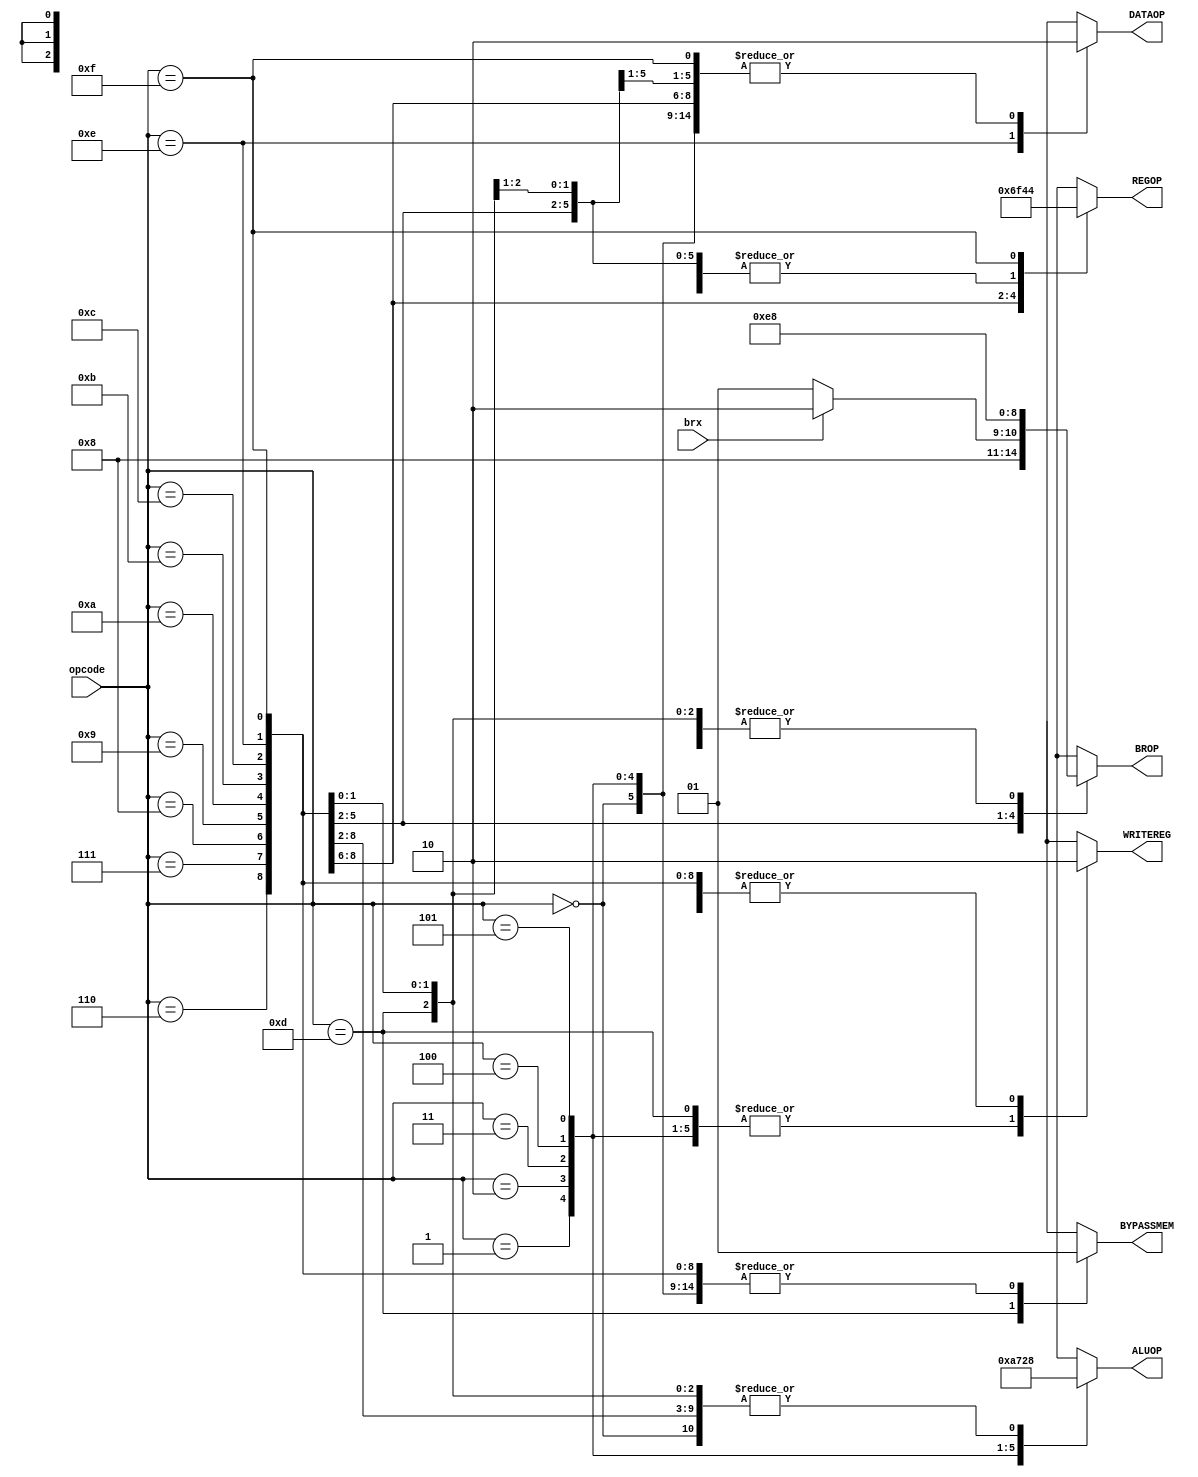
module instControl(opcode,brx,BROP,REGOP,WRITEREG,ALUOP,DATAOP,BYPASSMEM);

input [3:0] opcode;
input brx;

output reg [2:0] BROP;
output reg [2:0] REGOP;
output reg WRITEREG;
output reg [2:0]ALUOP;
output reg DATAOP;
output reg BYPASSMEM;

initial begin
	WRITEREG <= 0;
	BYPASSMEM <= 1;
	REGOP <= 3'b000;
	ALUOP <= 3'b000;
	DATAOP <= 0;
	BROP <= 3'b000;
end

always @(*) begin
	case(opcode)
		4'b0000://NOP
				  begin
				   WRITEREG <= 0;
					BYPASSMEM <= 1;
					REGOP <= 3'b000;
					ALUOP <= 3'b000;
					DATAOP <= 0;
					BROP <= 3'b000;
				  end
		4'b0001://ADD
				  begin
				   WRITEREG <= 1;
					BYPASSMEM <= 1;
					REGOP <= 3'b000;
					ALUOP <= 3'b001;
					DATAOP <= 0;
					BROP <= 3'b000;
				  end
		4'b0010://SUB
				  begin
					WRITEREG <= 1;
					BYPASSMEM <= 1;
					REGOP <= 3'b000;
					ALUOP <= 3'b010;
					DATAOP <= 0;
					BROP <= 3'b000;
				  end
		4'b0011://NAND
				  begin
				   WRITEREG <= 1;
					BYPASSMEM <= 1;
					REGOP <= 3'b000;
					ALUOP <= 3'b011;
					DATAOP <= 0;
					BROP <= 3'b000;
				  end
		4'b0100://SHL
				  begin
				   WRITEREG <= 1;
					BYPASSMEM <= 1;
					REGOP <= 3'b000;
					ALUOP <= 3'b100;
					DATAOP <= 0;
					BROP <= 3'b000;
				  end
		4'b0101://SHR
				  begin
				   WRITEREG <= 1;
					BYPASSMEM <= 1;
					REGOP <= 3'b000;
					ALUOP <= 3'b101;
					DATAOP <= 0;
					BROP <= 3'b000;
				  end
		4'b0110://OUT
				  begin
				   WRITEREG <= 0;
					BYPASSMEM <= 1;
					REGOP <= 3'b110;
					ALUOP <= 3'b000;
					DATAOP <= 0;
					BROP <= 3'b000;
				  end
		4'b0111://IN
				  begin
					WRITEREG <= 0;
					BYPASSMEM <= 1;
					REGOP <= 3'b111;
					ALUOP <= 3'b000;
					DATAOP <= 0;
					BROP <= 3'b000;
				  end
		4'b1000://MOV
				  begin
				   WRITEREG <= 0;
					BYPASSMEM <= 1;
					REGOP <= 3'b101;
					ALUOP <= 3'b000;
					DATAOP <= 0;
					BROP <= 3'b000;
				  end
		4'b1001://BR
				  begin
				   WRITEREG <= 0;
					BYPASSMEM <= 1;
					REGOP <= 3'b000;
					ALUOP <= 3'b000;
					DATAOP <= 0;
					BROP <= 3'b100;
				  end
		4'b1010://BRX
				  begin
				   if(brx==0) begin //ZERO
						WRITEREG <= 0;
						BYPASSMEM <= 1;
						REGOP <= 3'b000;
						ALUOP <= 3'b000;
						DATAOP <= 0;
						BROP <= 3'b001;
					end
					else begin //NEG
						WRITEREG <= 0;
						BYPASSMEM <= 1;
						REGOP <= 3'b000;
						ALUOP <= 3'b000;
						DATAOP <= 0;
						BROP <= 3'b010;
					end
				  end
		4'b1011://BRSUB
				  begin
						WRITEREG <= 0;
						BYPASSMEM <= 1;
						REGOP <= 3'b000;
						ALUOP <= 3'b000;
						DATAOP <= 0;
						BROP <= 3'b011;
				  end
		4'b1100://RETURN
				  begin
						WRITEREG <= 0;
						BYPASSMEM <= 1;
						REGOP <= 3'b000;
						ALUOP <= 3'b000;
						DATAOP <= 0;
						BROP <= 3'b101;
				  end
		4'b1101://LOAD
				  begin
					WRITEREG <= 1;
					BYPASSMEM <= 0;
					REGOP <= 3'b000;
					ALUOP <= 3'b000;
					DATAOP <= 0;
					BROP <= 3'b000;
				  end
		4'b1110://STORE
				  begin
					WRITEREG <= 0;
					BYPASSMEM <= 1;
					REGOP <= 3'b000;
					ALUOP <= 3'b000;
					DATAOP <= 1;
					BROP <= 3'b000;
				  end
		
		4'b1111://LOADIMM
				  begin
					WRITEREG <= 0;
					BYPASSMEM <= 1;
					REGOP <= 3'b100;
					ALUOP <= 3'b000;
					DATAOP <= 0;
					BROP <= 3'b000;
				  end
		default://NOP
				  begin
				   WRITEREG <= 0;
					BYPASSMEM <= 1;
					REGOP <= 3'b000;
					ALUOP <= 3'b000;
					DATAOP <= 0;
					BROP <= 3'b000;
				  end
	endcase
end

endmodule